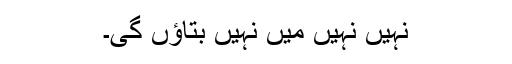
نہیں نہیں میں نہیں بتاؤں گی۔